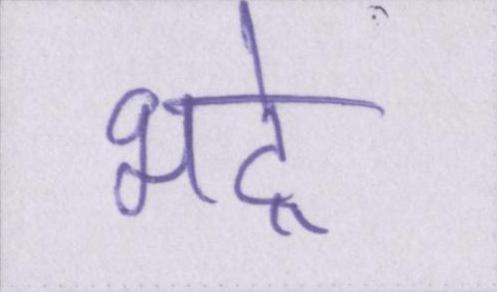
भद्रे